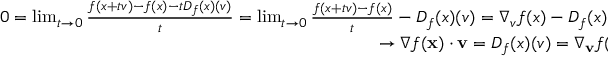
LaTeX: \begin{array} { r } { 0 = \operatorname* { l i m } _ { t \rightarrow 0 } { \frac { f ( x + t v ) - f ( x ) - t D _ { f } ( x ) ( v ) } { t } } = \operatorname* { l i m } _ { t \rightarrow 0 } { \frac { f ( x + t v ) - f ( x ) } { t } } - D _ { f } ( x ) ( v ) = \nabla _ { v } f ( x ) - D _ { f } ( x ) ( v ) } \\ { \rightarrow \nabla f ( \mathbf { x } ) \cdot \mathbf { v } = D _ { f } ( x ) ( v ) = \nabla _ { \mathbf { v } } { f } ( \mathbf { x } ) } \end{array}